Calcutta medical institutions reports 1879-81 [i.e.91]
Year: 1879
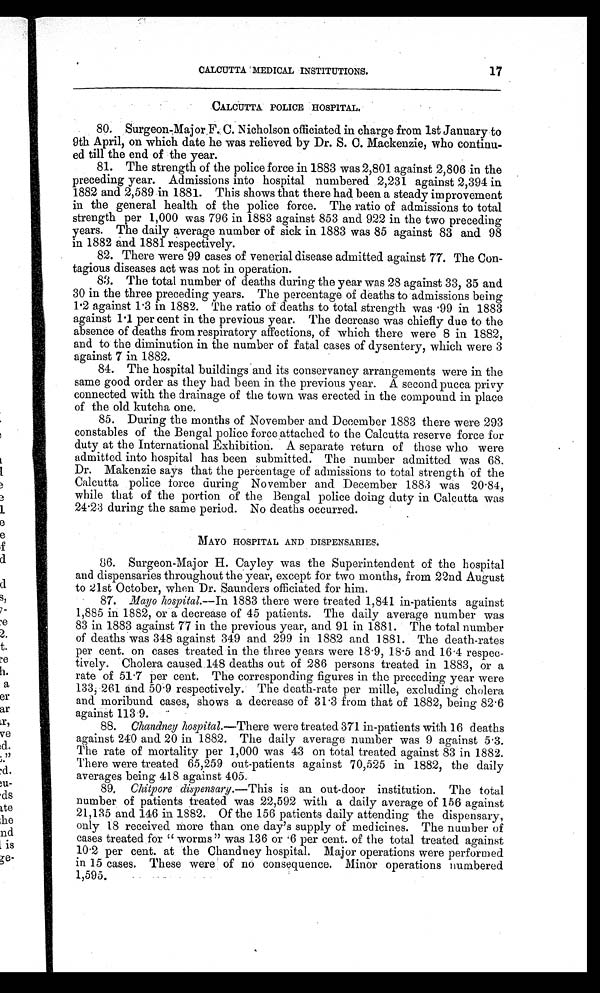
I
e
e
CALCUTTA MEDICAL INSTITUTIONS.
17
CALCUTTA POLICE HOSPITAL.
80. Surgeon-Major F. C. Nicholson officiated in charge from 1st January to
9th April, on which date he was relieved by Dr. S. C. Mackenzie, who continu--
ed till the end of the year.
81. The strength of the police force in 1883 was 2,801 against 2,806 in the
preceding year. Admissions into hospital numbered 2,231 against 2,394 in
1882 and 2,589 in 1881. This shows that there had been a steady improvement
in the general health of the police force. The ratio of admissions to total
strength per 1,000 was 796 in 1883 against 853 and 922 in the two preceding
years. The daily average number of sick in 1883 was 85 against 83 and 98
in 1882 and 1881 respectively.
82. There were 99 cases of venerial disease admitted against 77. The Con-
tagious diseases act was not in operation.
83. The total number of deaths during the year was 28 against 33, 35 and
30 in the three preceding years. The percentage of deaths to admissions being
1.2 against 1.3 in 1882. The ratio of deaths to total strength was .99 in 1883
against 1.1 per cent in the previous year. The decrease was chiefly due to the
absence of deaths from respiratory affections, of which there were 8 in 1882,
and to the diminution in the number of fatal cases of dysentery, which were 3
against 7 in 1882.
84. The hospital buildings and its conservancy arrangements were in the
same good order as they had been in the previous year. A second pucca privy
connected with the drainage of the town was erected in the compound in place
of the old kutcha one.
85. During the months of November and December 1883 there were 293
constables of the Bengal police force attached to the Calcutta reserve force for
duty at the International Exhibition. A separate return of those who were
admitted into hospital has been submitted. The number admitted was 68.
Dr. Makenzie says that the percentage of admissions to total strength of the
Calcutta police force during November and December 1883 was 20.84,
while that of the portion of the Bengal police doing duty in Calcutta was
24.23 during the same period. No deaths occurred.
MAYO HOSPITAL AND DISPENSARIES.
86. Surgeon-Major H. Cayley was the Superintendent of the hospital
and dispensaries throughout the year, except for two months, from 22nd August
to 21st October, when Dr. Saunders officiated for him.
87. Mayo hospital.— In 1883 there were treated 1,841 in-patients against
1,885 in 1882, or a decrease of 45 patients. The daily average number was
83 in 1883 against 77 in the previous year, and 91 in 1881. The total number
of deaths was 348 against 349 and 299 in 1882 and 1881. The death-rates
per cent. on cases treated in the three years were 18.9, 18.5 and 16.4 respec-
tively. Cholera caused 148 deaths out of 286 persons treated in 1883, or a
rate of 51.7 per cent. The corresponding figures in the preceding year were
133, 261 and 50.9 respectively. The death-rate per mille, excluding cholera
and moribund cases, shows a decrease of 31.3 from that of 1882, being 82.6
against 113.9.
88. Chandney hospital.—There were treated 371 in-patients with 16 deaths
against 240 and 20 in 1882. The daily average number was 9 against 5.3.
The rate of mortality per 1,000 was 43 on total treated against 83 in 1882.
There were treated 65,259 out-patients against 70,525 in 1882, the daily
averages being 418 against 405.
89.C h i t p o r e d i s p e n s a r y . —
T h i s i s a n o u t - d o o r i n s t i t u t i o n . T h e t o t a l
number of patients treated was 22,592 with a daily average of 156 against
21,135 and 146 in 1882. Of the 156 patients daily attending the dispensary,
only 18 received more than one day’s supply of medicines. The number of
cases treated for “worms” was 136 or .6 per cent of the total treated against
10.2 per cent at the Chandney hospital. Major operations were performed
in 15 cases. These were of no consequence. Minor operations numbered
1,595.